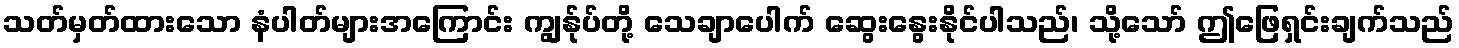
သတ်မှတ်ထားသော နံပါတ်များအကြောင်း ကျွန်ုပ်တို့ သေချာပေါက် ဆွေးနွေးနိုင်ပါသည်၊ သို့သော် ဤဖြေရှင်းချက်သည်